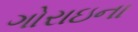
ગોરાઇના